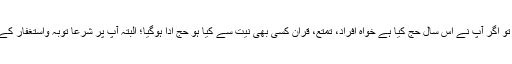
اب جب کہ حج کا زمانہ گزر گیا تو اگر آپ نے اس سال حج کیا ہے خواہ افراد، تمتع، قران کسی بھی نیت سے کیا ہو حج ادا ہوگیا؛ البتہ آپ پر شرعا توبہ واستغفار کے ساتھ ساتھ ایک دم بھی لازم ہے۔